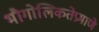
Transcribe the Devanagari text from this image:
भौगोलिकतेप्रमाणे